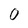
Character: 0